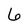
Character: 6